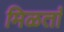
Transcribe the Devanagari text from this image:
मिळतां